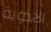
الادوية